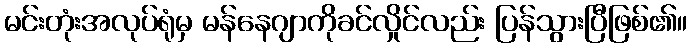
မင်းတုံးအလုပ်ရုံမှ မန်နေဂျာကိုခင်လှိုင်လည်း ပြန်သွားပြီဖြစ်၏။